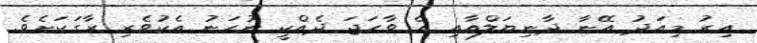
އިރު މިއަދު އޭނާ ދާނިޔަލްއާއި އެ ވާހަޖަ ދެއްކީ ނުހަނު އެކުވެރި ރާގަކަށެވެ.